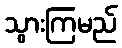
သွားကြမည်